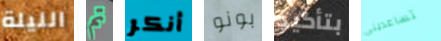
الليلة تم أنكر بونو بتأكيد تساعدينى